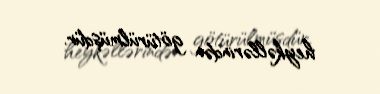
heykəllərindən götürülmüşdür.